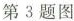
第3题图